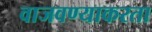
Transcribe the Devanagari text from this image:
वाजवण्याकरता